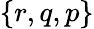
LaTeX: \left\{ \begin{array}{l}{r,q,p}\end{array}\right\}